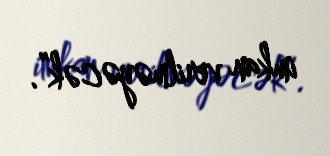
imkan verilməyəcək”.